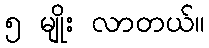
၅ မျိုး လာတယ်။